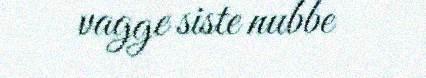
vagge siste nubbe